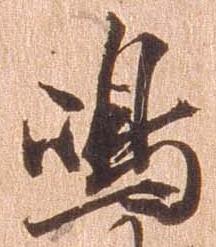
島